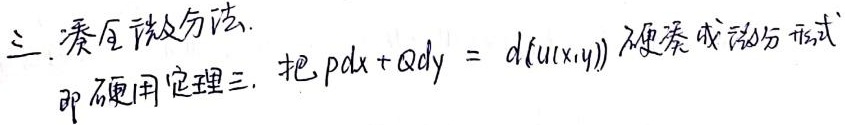
三. 凑全微分法.
即利用定理三. 把 \(Pdx + Qdy = d(u(x,y))\) 硬凑成微分形式